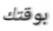
بوقتك